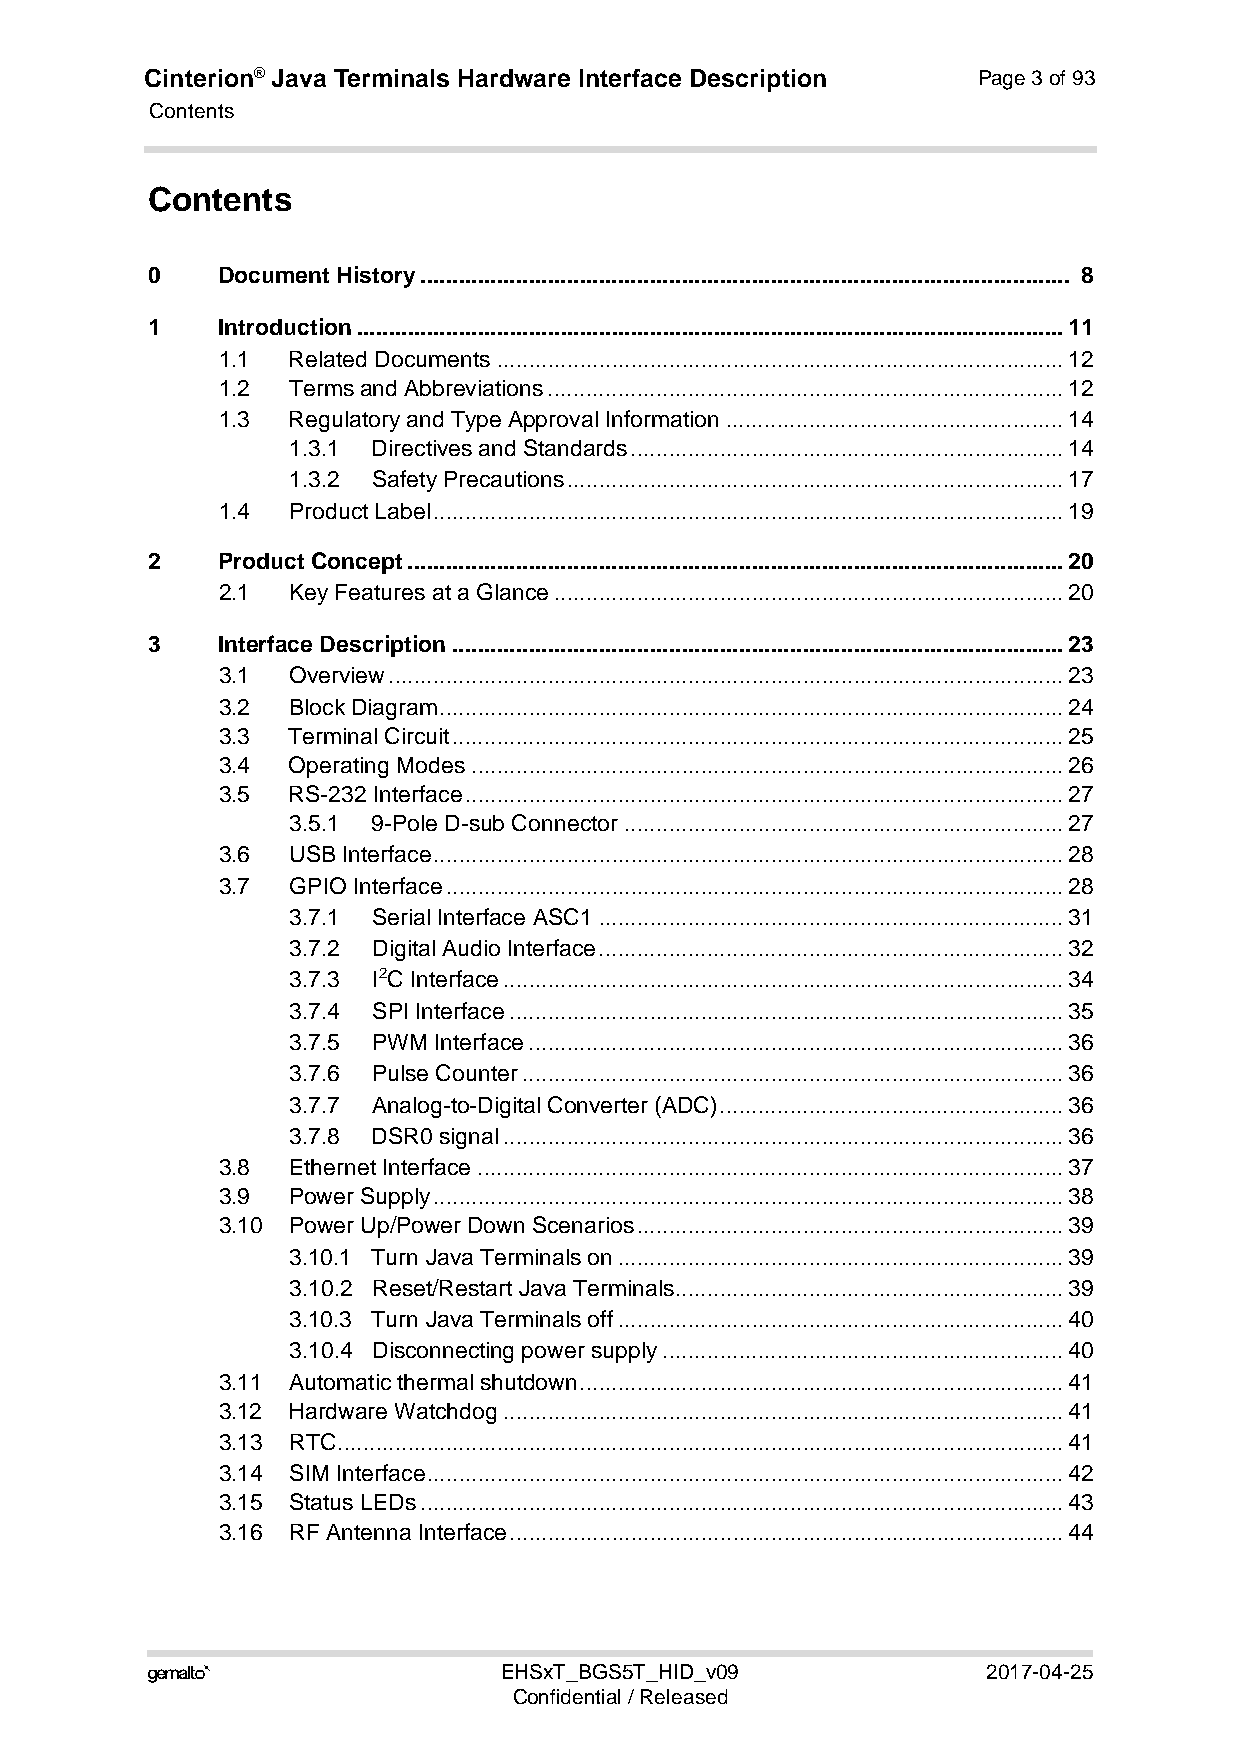
Cinterion® Java Terminals Hardware Interface Description Page 3 of 93
 Contents
 124
 Contents
 0   Document History...................................................................................................... 8
 1   Introduction...............................................................................................................11
 1.1  Related Documents.........................................................................................12
 1.2  Terms and Abbreviations.................................................................................12
 1.3  Regulatory and Type Approval Information.....................................................14
 1.3.1 Directives and Standards....................................................................14
 1.3.2 Safety Precautions..............................................................................17
 1.4  Product Label...................................................................................................19
 2   Product Concept.......................................................................................................20
 2.1  Key Features at a Glance................................................................................20
 3   Interface Description................................................................................................23
 3.1  Overview..........................................................................................................23
 3.2  Block Diagram..................................................................................................24
 3.3  Terminal Circuit................................................................................................25
 3.4  Operating Modes.............................................................................................26
 3.5  RS-232 Interface..............................................................................................27
 3.5.1 9-Pole D-sub Connector.....................................................................27
 3.6  USB Interface...................................................................................................28
 3.7  GPIO Interface.................................................................................................28
 3.7.1 Serial Interface ASC1.........................................................................31
 3.7.2 Digital Audio Interface.........................................................................32
 3.7.3 I2C Interface........................................................................................34
 3.7.4 SPI Interface.......................................................................................35
 3.7.5 PWM Interface....................................................................................36
 3.7.6 Pulse Counter.....................................................................................36
 3.7.7 Analog-to-Digital Converter (ADC)......................................................36
 3.7.8 DSR0 signal........................................................................................36
 3.8  Ethernet Interface............................................................................................37
 3.9  Power Supply...................................................................................................38
 3.10 Power Up/Power Down Scenarios...................................................................39
 3.10.1 Turn Java Terminals on......................................................................39
 3.10.2 Reset/Restart Java Terminals.............................................................39
 3.10.3 Turn Java Terminals off......................................................................40
 3.10.4 Disconnecting power supply...............................................................40
 3.11 Automatic thermal shutdown............................................................................41
 3.12 Hardware Watchdog........................................................................................41
 3.13 RTC..................................................................................................................41
 3.14 SIM Interface....................................................................................................42
 3.15 Status LEDs.....................................................................................................43
 3.16 RF Antenna Interface.......................................................................................44
                       EHSxT_BGS5T_HID_v09             2017-04-25
 Confidential / Released